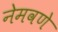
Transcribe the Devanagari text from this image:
नेमवणे